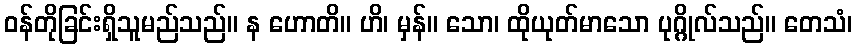
ဝန်တိုခြင်းရှိသူမည်သည်။ န ဟောတိ။ ဟိ၊ မှန်။ သော၊ ထိုယုတ်မာသော ပုဂ္ဂိုလ်သည်။ တေသံ၊